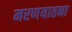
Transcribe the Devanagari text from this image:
मरणयातना